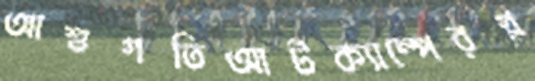
আশুগতিআর্টক্যাম্পেরগ্ল